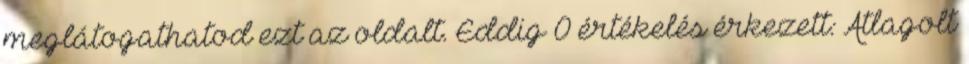
meglátogathatod ezt az oldalt. Eddig 0 értékelés érkezett: Átlagolt